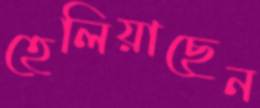
হেলিয়াছেন